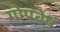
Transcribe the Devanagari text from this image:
गोपवेषं